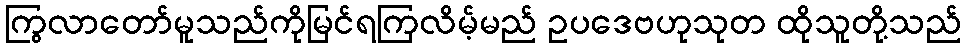
ကြွလာတော်မူသည်ကိုမြင်ရကြလိမ့်မည် ဥပဒေဗဟုသုတ ထိုသူတို့သည်